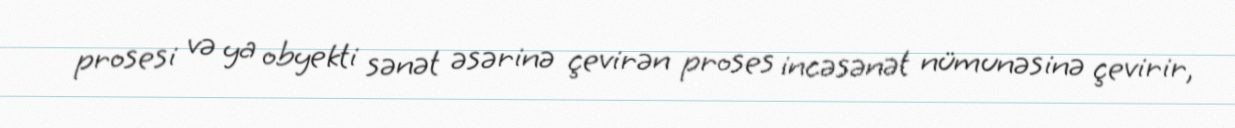
prosesi və ya obyekti sənət əsərinə çevirən proses incəsənət nümunəsinə çevirir,